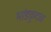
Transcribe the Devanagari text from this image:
भांडकुदळ